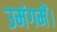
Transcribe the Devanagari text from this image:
उमंगमें।